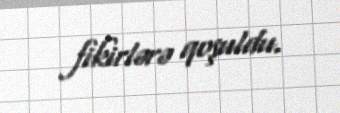
fikirlərə qoşuldu.